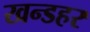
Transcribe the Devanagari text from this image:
खन्डहर